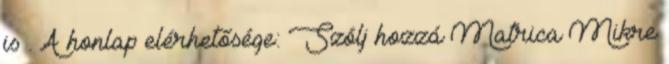
is . A honlap elérhetősége: Szólj hozzá Matrica Mikre